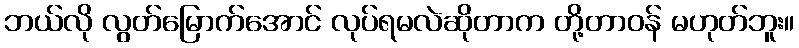
ဘယ်လို လွတ်မြောက်အောင် လုပ်ရမလဲဆိုတာက တို့တာဝန် မဟုတ်ဘူး။